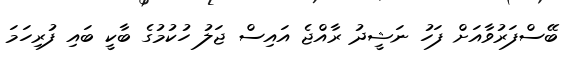
ބޭސްފަރުވާއަށް ފަހު ނަޝީދު ރާއްޖެ އައިސް ޖަލު ހުކުމުގެ ބާކީ ބައި ފުރިހަމަ